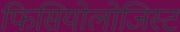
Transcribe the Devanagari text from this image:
फिसियोलोजिस्ट